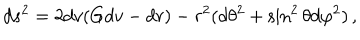
d s ^ { 2 } = 2 d v ( G d v - d r ) - r ^ { 2 } ( d \theta ^ { 2 } + \sin ^ { 2 } \theta d \varphi ^ { 2 } ) \, ,